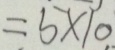
= 5 \times 1 0